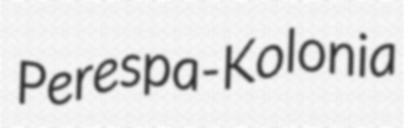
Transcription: Perespa-Kolonia